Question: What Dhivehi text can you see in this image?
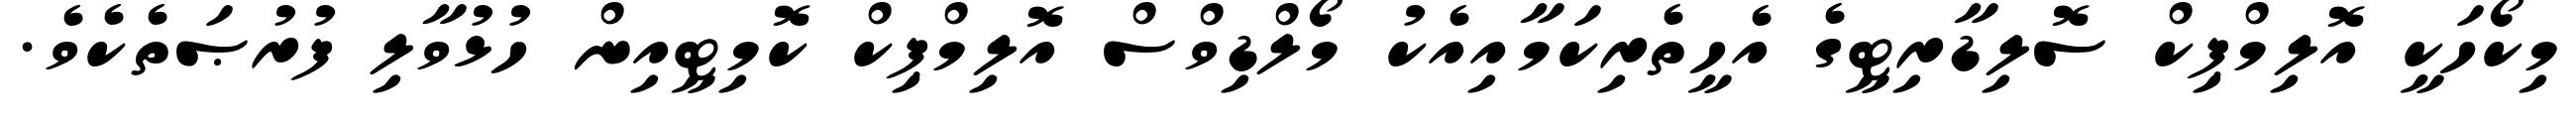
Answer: މިކޯހަކީ އޮލިމްޕިކް ސޮލިޑާރިޓީގެ އެހީތެރިކަމާއިއެކު މޯލްޑިވްސް އޮލިމްޕިކް ކޮމިޓީއިން ހުޅުވާލި ފުރުޞަތެކެވެ.